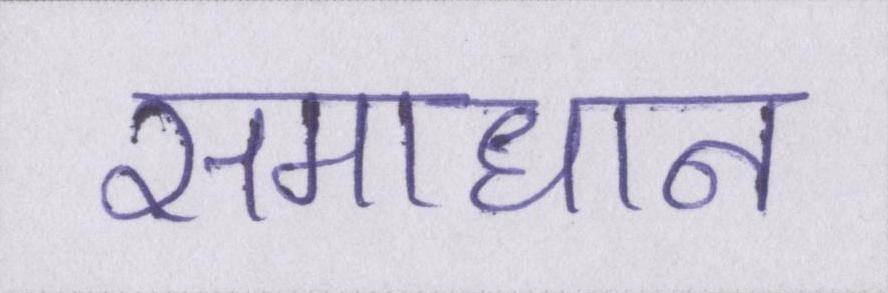
समाधान